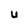
Character: U